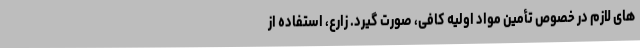
های لازم در خصوص تأمین مواد اولیه کافی، صورت گیرد. زارع، استفاده از